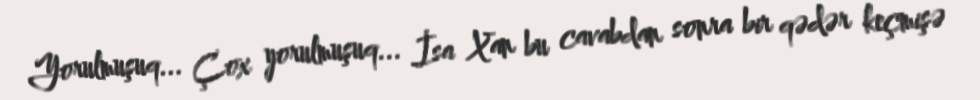
Yorulmuşuq... Çox yorulmuşuq... İsa Xan bu cavabdan sonra bir qədər keçmişə